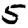
Digit: 5